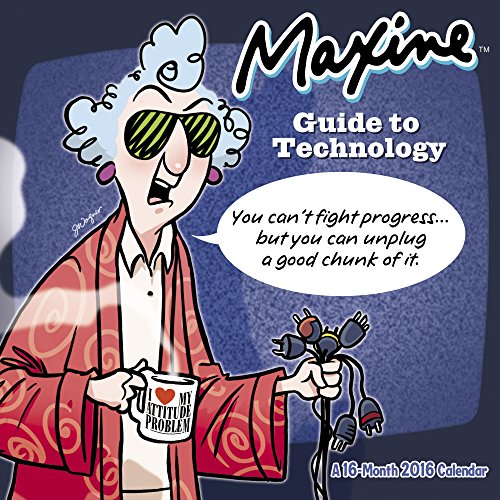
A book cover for MAXINE Wall Calendar (2016); Day Dream; Calendars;